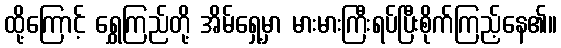
ထို့ကြောင့် ရွှေကြည်တို့ အိမ်ရှေ့မှာ မားမားကြီးရပ်ပြီးစိုက်ကြည့်နေ၏။